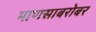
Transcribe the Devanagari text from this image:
माणसाबरोबर